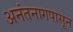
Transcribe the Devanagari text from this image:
अनंतनागपासून